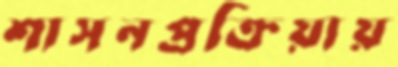
শাসনপ্রক্রিয়ায়